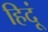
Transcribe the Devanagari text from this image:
हिदूं